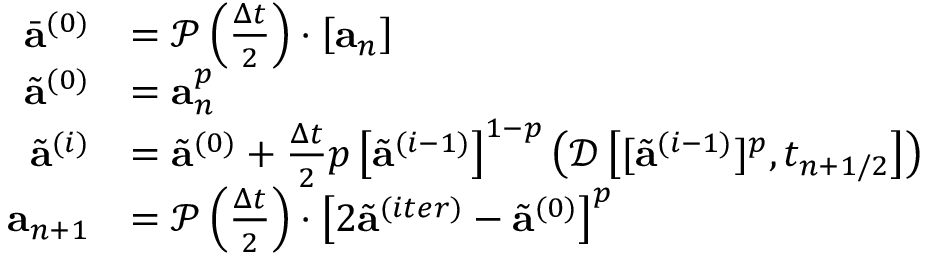
\begin{array} { r } { \begin{array} { r l } { \bar { \mathbf { a } } ^ { ( 0 ) } } & { = \mathcal { P } \left( \frac { \Delta t } { 2 } \right) \cdot \left[ \mathbf { a } _ { n } \right] } \\ { \tilde { \mathbf { a } } ^ { ( 0 ) } } & { = \mathbf { a } _ { n } ^ { p } } \\ { \tilde { \mathbf { a } } ^ { ( i ) } } & { = \tilde { \mathbf { a } } ^ { ( 0 ) } + \frac { \Delta t } { 2 } p \left[ \tilde { \mathbf { a } } ^ { ( i - 1 ) } \right] ^ { 1 - p } \left( \mathcal { D } \left[ [ \tilde { \mathbf { a } } ^ { ( i - 1 ) } ] ^ { p } , t _ { n + 1 / 2 } \right] \right) } \\ { \mathbf { a } _ { n + 1 } } & { = \mathcal { P } \left( \frac { \Delta t } { 2 } \right) \cdot \left[ 2 \tilde { \mathbf { a } } ^ { ( i t e r ) } - \tilde { \mathbf { a } } ^ { ( 0 ) } \right] ^ { p } } \end{array} } \end{array}